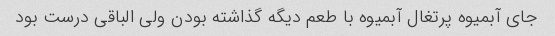
جای آبمیوه پرتغال آبمیوه با طعم دیگه گذاشته بودن ولی الباقی درست بود